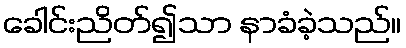
ခေါင်းညိတ်၍သာ နာခံခဲ့သည်။